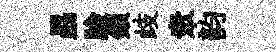
勗臉鎻歧衆韵